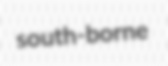
south-borne